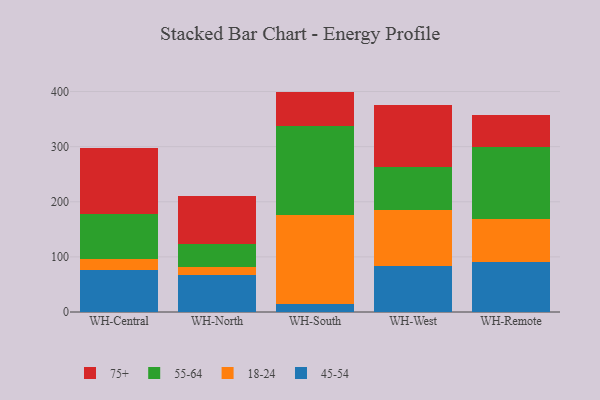
{"axis": {"x": "Warehouse", "y": "Net Income (USD K)"}, "legend": ["18-24", "45-54", "55-64", "75+"], "data": [{"x": "WH-Central", "y": 76.5, "type": "45-54"}, {"x": "WH-Central", "y": 19.9, "type": "18-24"}, {"x": "WH-Central", "y": 80.9, "type": "55-64"}, {"x": "WH-Central", "y": 120.7, "type": "75+"}, {"x": "WH-North", "y": 66.9, "type": "45-54"}, {"x": "WH-North", "y": 15.2, "type": "18-24"}, {"x": "WH-North", "y": 40.7, "type": "55-64"}, {"x": "WH-North", "y": 87.5, "type": "75+"}, {"x": "WH-South", "y": 14.4, "type": "45-54"}, {"x": "WH-South", "y": 161.8, "type": "18-24"}, {"x": "WH-South", "y": 160.9, "type": "55-64"}, {"x": "WH-South", "y": 62.8, "type": "75+"}, {"x": "WH-West", "y": 83.9, "type": "45-54"}, {"x": "WH-West", "y": 101.2, "type": "18-24"}, {"x": "WH-West", "y": 78.0, "type": "55-64"}, {"x": "WH-West", "y": 112.2, "type": "75+"}, {"x": "WH-Remote", "y": 89.9, "type": "45-54"}, {"x": "WH-Remote", "y": 79.3, "type": "18-24"}, {"x": "WH-Remote", "y": 130.0, "type": "55-64"}, {"x": "WH-Remote", "y": 57.6, "type": "75+"}]}